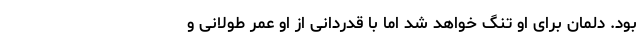
بود. دلمان برای او تنگ خواهد شد اما با قدردانی از او عمر طولانی و